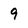
Character: 9